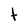
Character: t